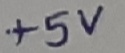
Text: +5V